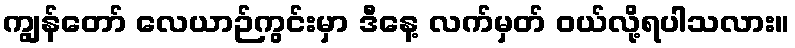
ကျွန်တော် လေယာဉ်ကွင်းမှာ ဒီနေ့ လက်မှတ် ဝယ်လို့ရပါသလား။